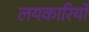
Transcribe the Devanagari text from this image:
लयकारियों